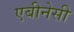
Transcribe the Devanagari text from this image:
एबीनेसी